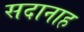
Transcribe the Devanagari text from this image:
सदानाह